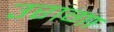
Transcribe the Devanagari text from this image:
उरागा